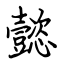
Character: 懿